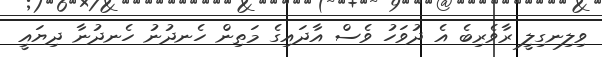
ވިލިނގިލީ ރާވެރިބެ އެ ދުވަހު ވެސް އާދައިގެ މަތިން ހެނދުނު ހެނދުނާ ދިޔައީ